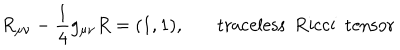
LaTeX: R _ { \mu \nu } - \frac { 1 } { 4 } g _ { \mu \nu } R = ( 1 , 1 ) , ~ \mathrm { t r a c e l e s s ~ ~ R i c c i ~ ~ t e n s o r }